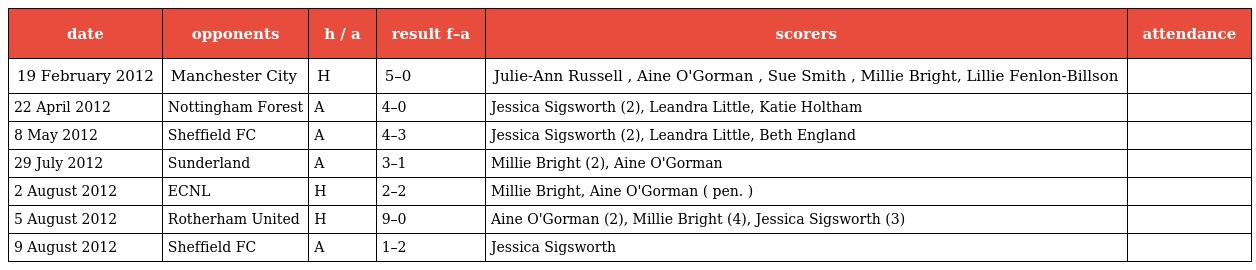
| date | opponents | h / a | result f–a | scorers | attendance |
 | --- | --- | --- | --- | --- | --- |
 | 19 February 2012 | Manchester City | H | 5–0 | Julie-Ann Russell , Aine O'Gorman , Sue Smith , Millie Bright, Lillie Fenlon-Billson |  |
 | 22 April 2012 | Nottingham Forest | A | 4–0 | Jessica Sigsworth (2), Leandra Little, Katie Holtham |  |
 | 8 May 2012 | Sheffield FC | A | 4–3 | Jessica Sigsworth (2), Leandra Little, Beth England |  |
 | 29 July 2012 | Sunderland | A | 3–1 | Millie Bright (2), Aine O'Gorman |  |
 | 2 August 2012 | ECNL | H | 2–2 | Millie Bright, Aine O'Gorman ( pen. ) |  |
 | 5 August 2012 | Rotherham United | H | 9–0 | Aine O'Gorman (2), Millie Bright (4), Jessica Sigsworth (3) |  |
 | 9 August 2012 | Sheffield FC | A | 1–2 | Jessica Sigsworth |  |